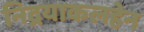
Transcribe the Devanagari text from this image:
निद्रयाकलहेन